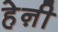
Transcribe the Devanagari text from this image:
हेऩी